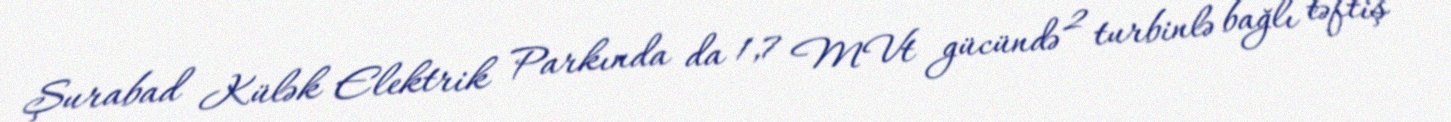
Şurabad Külək Elektrik Parkında da 1,7 MVt gücündə 2 turbinlə bağlı təftiş